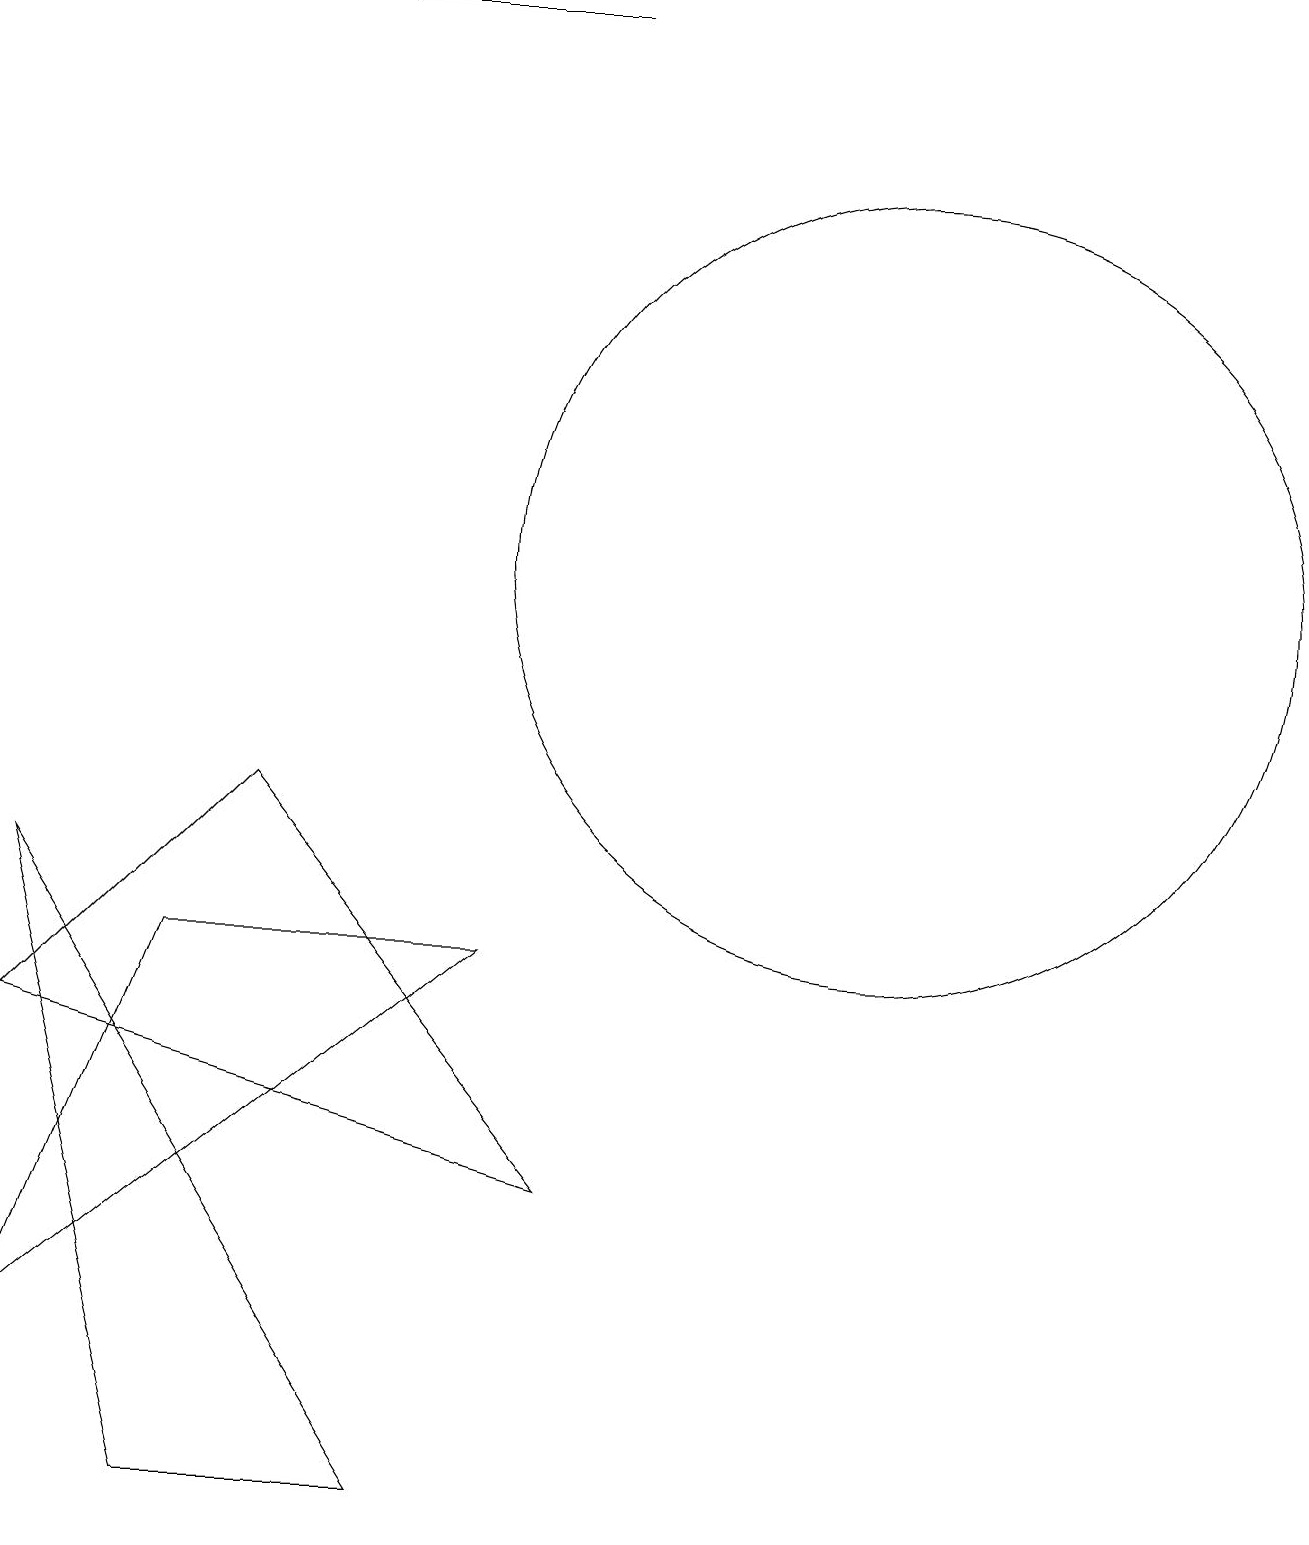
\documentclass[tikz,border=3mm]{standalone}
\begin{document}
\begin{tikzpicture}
\draw (12,12) circle (5);
\draw (1,8) -- (6,0) -- (3,0) -- cycle;
\draw[->] (8,19) -- (5,19);
\draw (7,7) -- (1,2) -- (3,7) -- cycle;
\draw (8,4) -- (1,6) -- (4,9) -- cycle;
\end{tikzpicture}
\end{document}